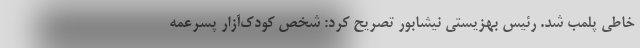
خاطی پلمب شد. رئیس بهزیستی نیشابور تصریح کرد: شخص کودک‌آزار پسرعمه